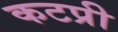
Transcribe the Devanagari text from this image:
कटप्री